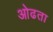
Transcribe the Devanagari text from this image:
ओढता